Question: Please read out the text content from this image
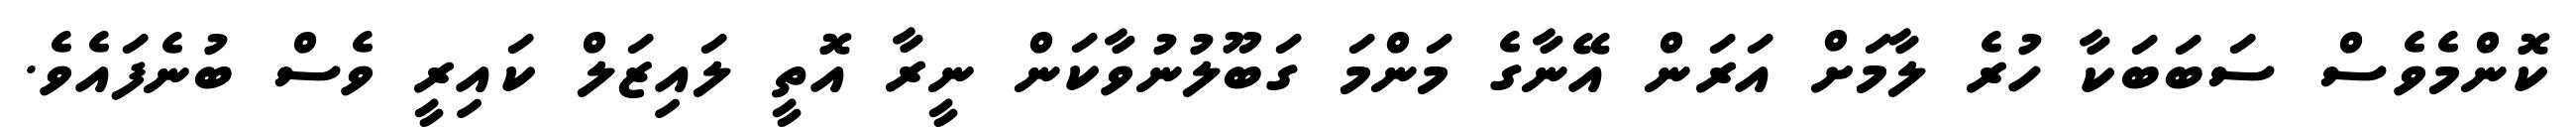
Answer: ކޮންމެވެސް ސަބަބަކާ ހުރެ ލާމަށް އަރަން އޭނާގެ މަންމަ ގަބޫލުނުވާކަން ނީރާ އޮތީ ލައިޒަލް ކައިރީ ވެސް ބުނެފައެވެ.